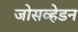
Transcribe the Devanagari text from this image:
जोसव्हेडन